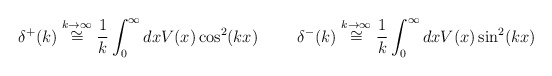
\begin{align*}\delta^+(k)\stackrel{k\rightarrow\infty}{\cong} \frac{1}{k}\int_0^\infty dxV(x) \cos^2(k x)\hspace{1cm}\delta^-(k)\stackrel{k\rightarrow\infty}{\cong} \frac{1}{k}\int_0^\infty dxV(x) \sin^2(k x)\end{align*}